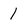
Character: 1